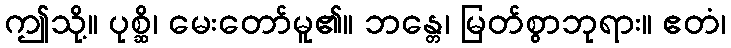
ဤသို့။ ပုစ္ဆိ၊ မေးတော်မူ၏။ ဘန္တေ၊ မြတ်စွာဘုရား။ ဧတံ၊